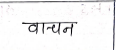
मजकूर: वाचन